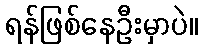
ရန်ဖြစ်နေဦးမှာပဲ။